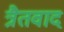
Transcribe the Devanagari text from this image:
त्रैतवाद